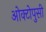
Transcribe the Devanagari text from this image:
ओक्टोपुसी